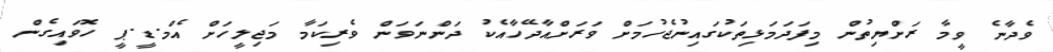
ވެދާނެ ވީމާ ރަށްޔިތުން މިފަދަމަޅިތަކުގައިނުޖެހުމަށް ވަރަށްއާދޭހާއެކު ދަންނަވަން ވެރިކަމާ މަޖިލީހަށް އެމް.ޑީ.ޕީ ހޮވައިގެން